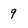
Character: 9